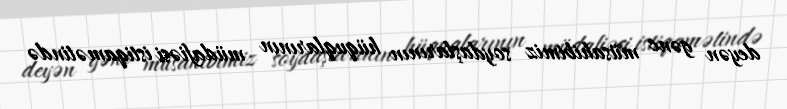
deyən gənc müsahibimiz soydaşlarının hüquqlarının müdafiəsi istiqamətində